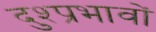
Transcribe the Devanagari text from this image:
दुश्प्रभावों